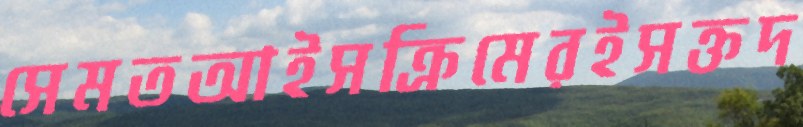
সেমতআইসক্রিমেরইসক্তদ